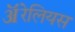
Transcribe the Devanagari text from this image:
ॲरेलियस